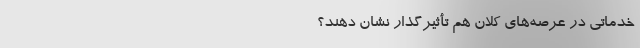
خدماتی در عرصه‌های کلان هم تأثیرگذار نشان دهند؟ -----------------